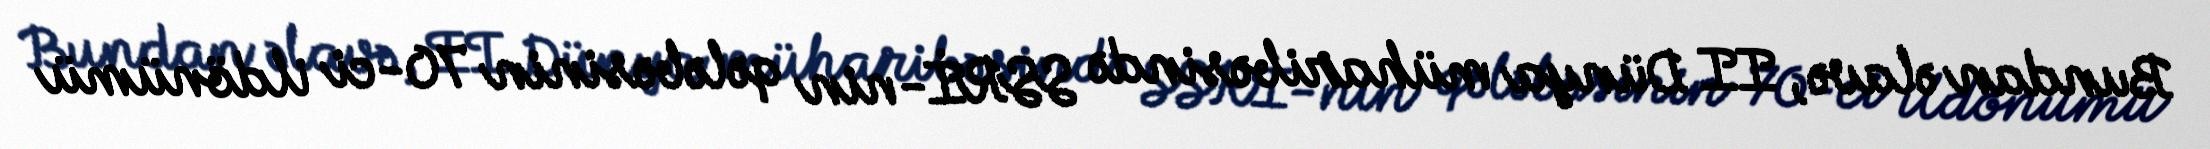
Bundan əlavə, II Dünya müharibəsində SSRİ-nin qələbəsinin 70-ci ildönümü